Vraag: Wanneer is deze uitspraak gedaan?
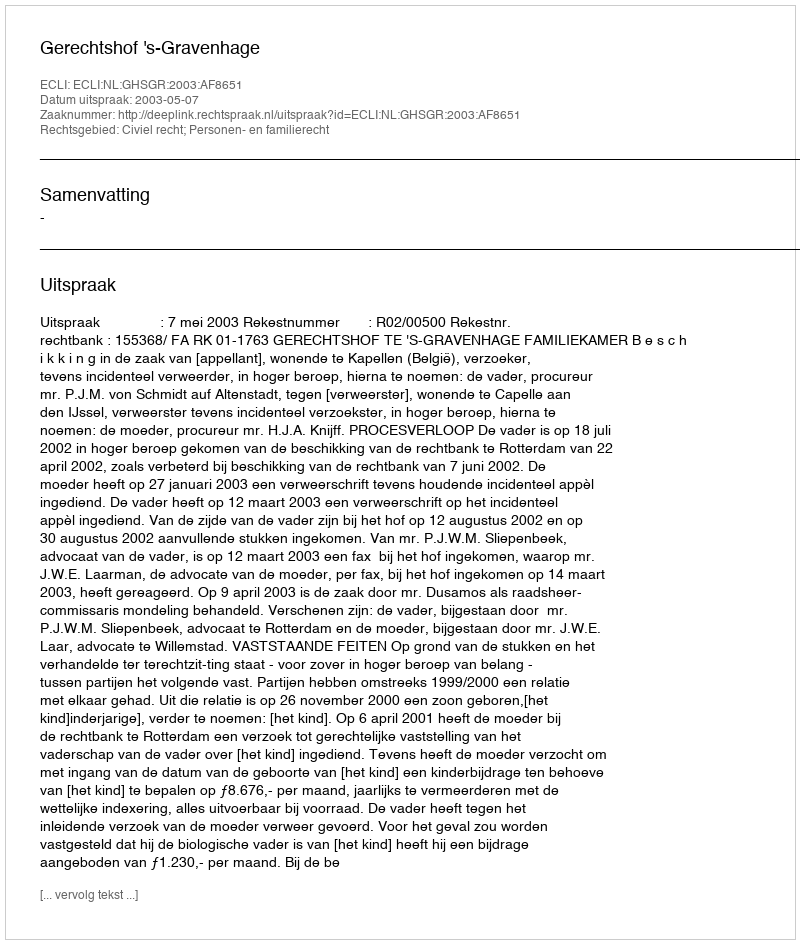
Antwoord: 2003-05-07